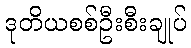
ဒုတိယစစ်ဦးစီးချုပ်